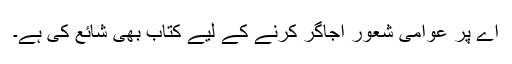
اے پر عوامی شعور اجاگر کرنے کے لیے کتاب بھی شائع کی ہے۔